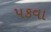
પકવા